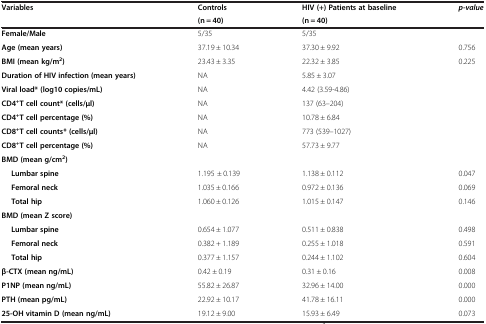
| Variables | Controls | HIV (+) Patients at baseline | p-value |
 |  | (n = 40) | (n = 40) |  |
 | --- | --- | --- | --- |
 | Female/Male | 5/35 | 5/35 |  |
 | Age (mean years) | 37.19 ± 10.34 | 37.30 ± 9.92 | 0.756 |
 | BMI (mean kg/m2) | 23.43 ± 3.35 | 22.32 ± 3.85 | 0.225 |
 | Duration of HIV infection (mean years) | NA | 5.85 ± 3.07 |  |
 | Viral load* (log10 copies/mL) | NA | 4.42 (3.59-4.86) |  |
 | CD4+T cell count* (cells/μl) | NA | 137 (63–204) |  |
 | CD4+T cell percentage (%) | NA | 10.78 ± 6.84 |  |
 | CD8+T cell counts* (cells/μl) | NA | 773 (539–1027) |  |
 | CD8+T cell percentage (%) | NA | 57.73 ± 9.77 |  |
 | BMD (mean g/cm2) |  |  |  |
 | Lumbar spine | 1.195 ± 0.139 | 1.138 ± 0.112 | 0.047 |
 | Femoral neck | 1.035 ± 0.166 | 0.972 ± 0.136 | 0.069 |
 | Total hip | 1.060 ± 0.126 | 1.015 ± 0.147 | 0.146 |
 | BMD (mean Z score) |  |  |  |
 | Lumbar spine | 0.654 ± 1.077 | 0.511 ± 0.838 | 0.498 |
 | Femoral neck | 0.382 + 1.189 | 0.255 ± 1.018 | 0.591 |
 | Total hip | 0.377 ± 1.157 | 0.244 ± 1.102 | 0.604 |
 | β-CTX (mean ng/mL) | 0.42 ± 0.19 | 0.31 ± 0.16 | 0.008 |
 | P1NP (mean ng/mL) | 55.82 ± 26.87 | 32.96 ± 14.00 | 0.000 |
 | PTH (mean pg/mL) | 22.92 ± 10.17 | 41.78 ± 16.11 | 0.000 |
 | 25-OH vitamin D (mean ng/mL) | 19.12 ± 9.00 | 15.93 ± 6.49 | 0.073 |